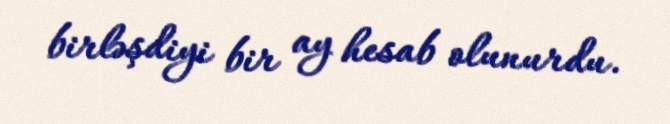
birləşdiyi bir ay hesab olunurdu.